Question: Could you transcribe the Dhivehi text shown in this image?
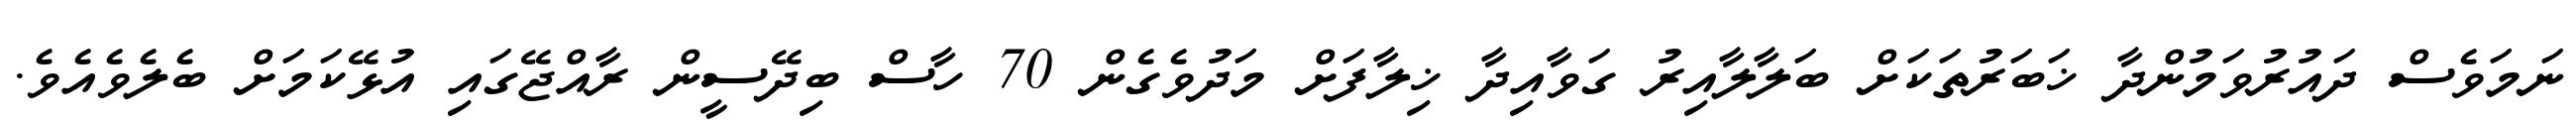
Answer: ނަމަވެސް ދައުރުވަމުންދާ ޚަބަރުތަކަށް ބަލާލާއިރު ގަވާއިދާ ޚިލާފަށް މަދުވެގެން 70 ހާސް ބިދޭސީން ރާއްޖޭގައި އުޅޭކަމަށް ބެލެވެއެވެ.